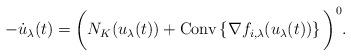
LaTeX: \begin{align*} -\dot u_{\lambda}(t) = \bigg(N_K(u_{\lambda}(t)) + \mbox{{\rm Conv}}\left\{\nabla f_{i,\lambda}(u_{\lambda}(t)) \right\} \bigg)^{0}.\end{align*}